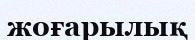
жоғарылық